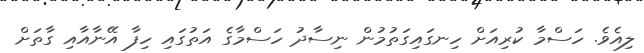
ލިއެވެ. ހަސްމާ ކުރިއަށް ހިނގައިގަތުމުން ނިސާދު ހަސްމާގެ އަތުގައި ހިފާ އޭނާއާއި ގާތަށް